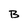
Character: B